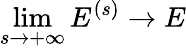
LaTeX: \operatorname*{lim}_{s\rightarrow+\infty}{{E}^{(s)}}\rightarrow{E}